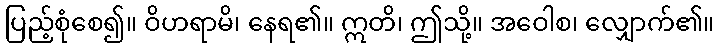
ပြည့်စုံစေ၍။ ဝိဟရာမိ၊ နေရ၏။ ဣတိ၊ ဤသို့။ အဝေါစ၊ လျှောက်၏။